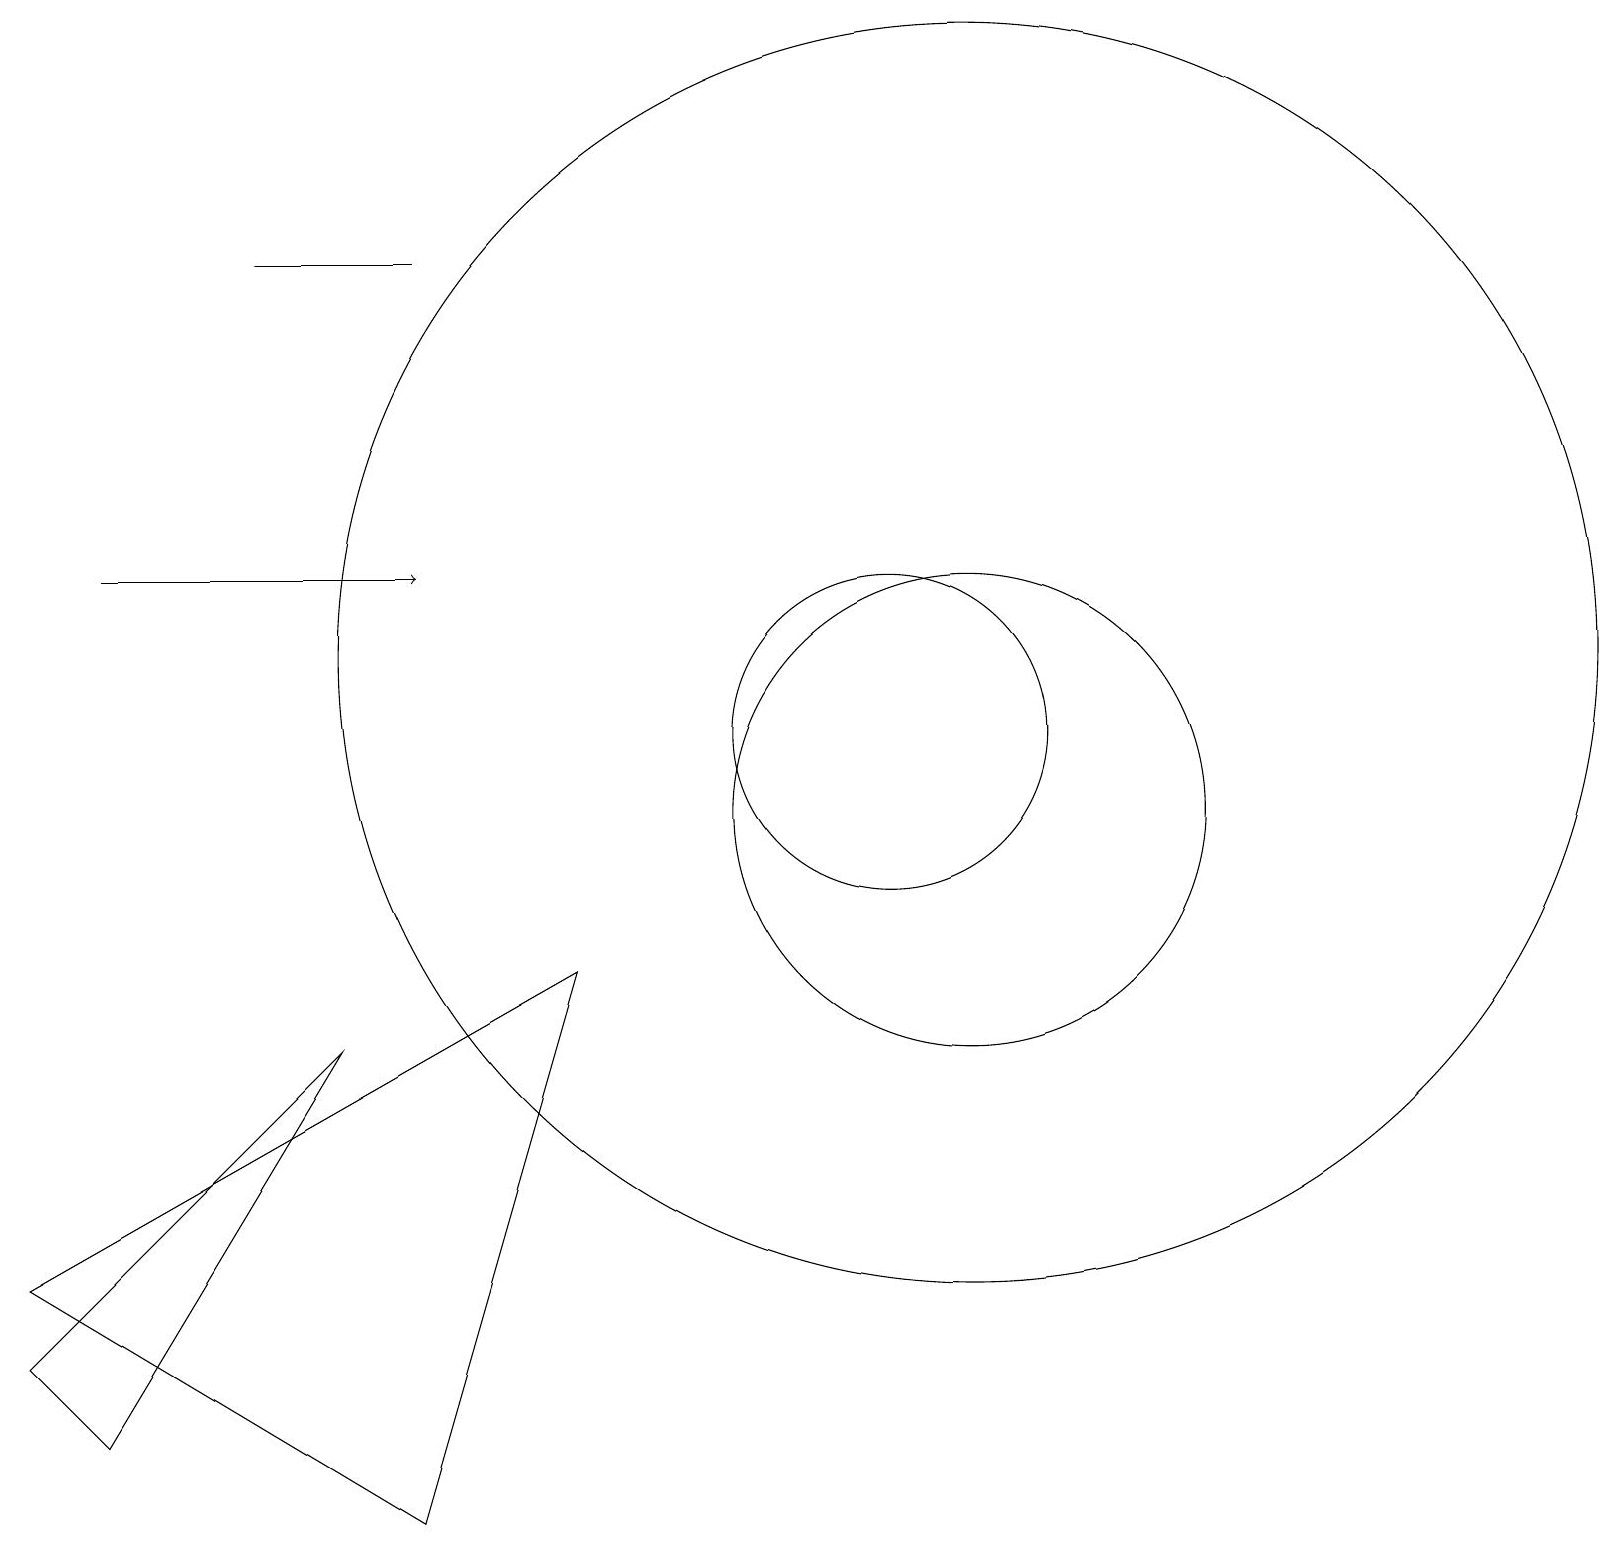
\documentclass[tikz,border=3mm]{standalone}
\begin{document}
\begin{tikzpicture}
\draw (12,10) circle (3);
\draw (7,8) -- (0,4) -- (5,1) -- cycle;
\draw (10,10) circle (0);
\draw (4,7) -- (0,3) -- (1,2) -- cycle;
\draw (11,11) circle (2);
\draw (3,17) rectangle (5,17);
\draw (12,12) circle (8);
\draw[->] (1,13) -- (5,13);
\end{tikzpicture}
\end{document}